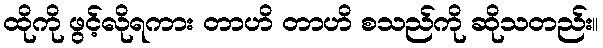
ထိုကို ဖွင့်လိုရကား တာဟိ တာဟိ စသည်ကို ဆိုသတည်း။